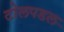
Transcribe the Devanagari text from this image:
टोलपडल